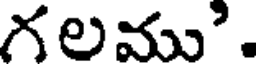
గలము'.